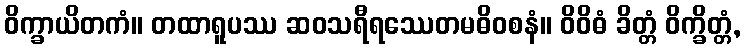
ဝိက္ခာယိတကံ။ တထာရူပဿ ဆဝသရီရဿေတမဓိဝစနံ။ ဝိဝိဓံ ခိတ္တံ ဝိက္ခိတ္တံ,